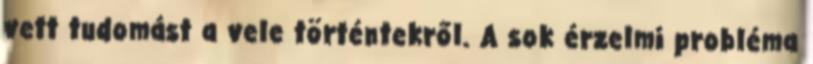
vett tudomást a vele történtekről. A sok érzelmi probléma